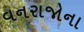
વનરાજોના